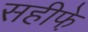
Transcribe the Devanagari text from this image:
सहीफे़